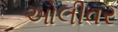
ઓલીવર